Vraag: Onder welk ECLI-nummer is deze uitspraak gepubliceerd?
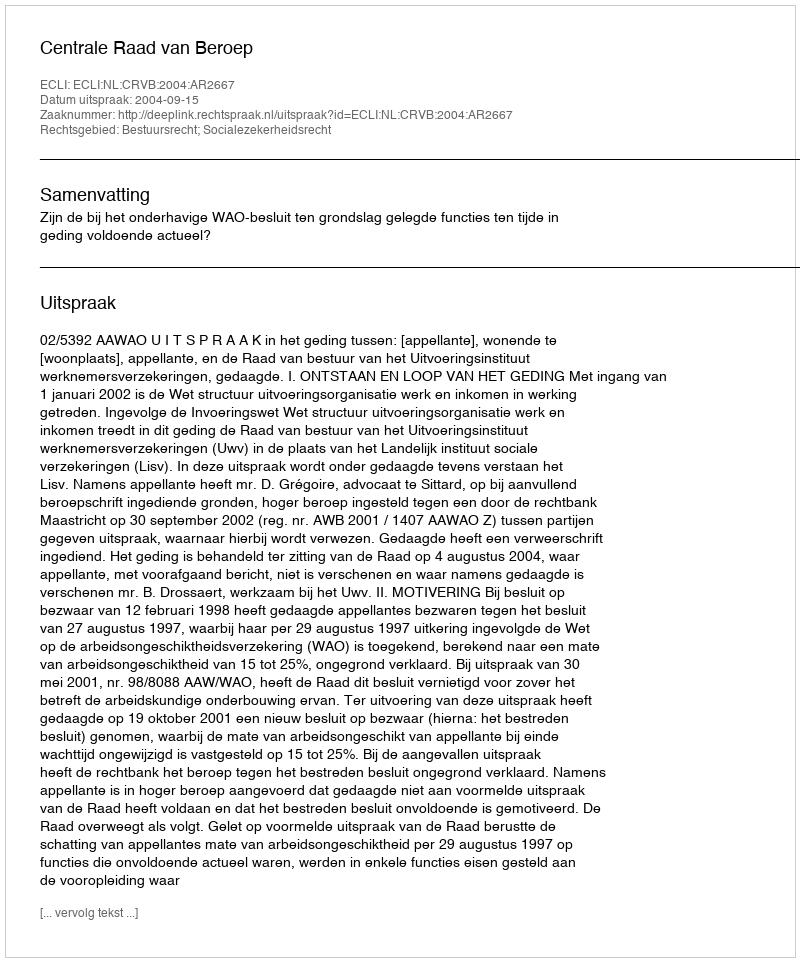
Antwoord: ECLI:NL:CRVB:2004:AR2667